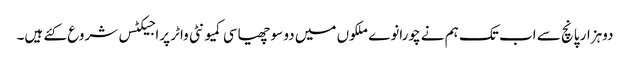
دوہزار پانچ سے اب تک ہم نے چورانوے ملکوں میں دو سو چھیاسی کمیونٹی واٹر پراجیکٹس شروع کئے ہیں۔